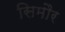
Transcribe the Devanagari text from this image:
सिमौर